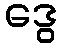
ဒွေ